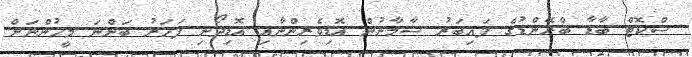
ސްކޮޓް ބާޑާ ބްރޭންޑުގެ ފައިބަރު ސާމާނުން އޮޑިވެރިންނާއި އޮޑިދޯނި ފަހަރު ބަންނަ މީހުންނަށް